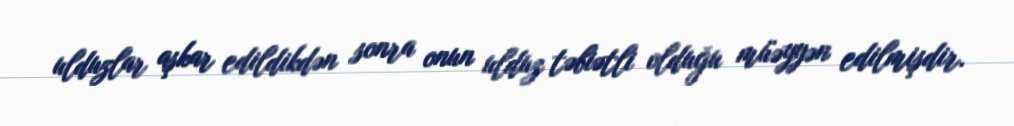
ulduzlar aşkar edildikdən sonra onun ulduz təbiətli olduğu müəyyən edilmişdir.